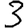
Digit: 3